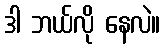
ဒါ ဘယ်လို နေလဲ။